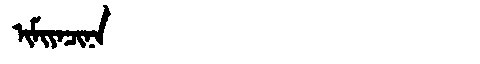
Manchu: ᡳᠮᡳᠶᠠᠴᡳᠨᠠ
Romanization: IMIYACINA